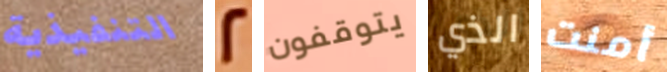
التنفيذية 2 يتوقفون الذي أمنت